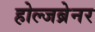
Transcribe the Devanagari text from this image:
होल्जब्रेनर